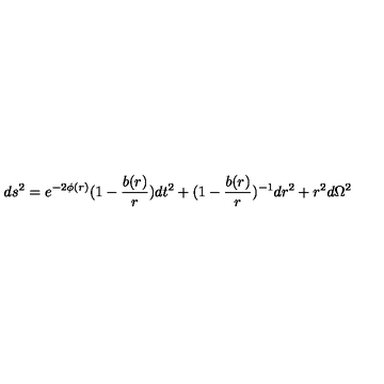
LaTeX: d s ^ { 2 } = e ^ { - 2 \phi ( r ) } ( 1 - \frac { b ( r ) } { r } ) d t ^ { 2 } + ( 1 - \frac { b ( r ) } { r } ) ^ { - 1 } d r ^ { 2 } + r ^ { 2 } d \Omega ^ { 2 }